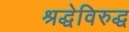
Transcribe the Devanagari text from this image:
श्रद्धेविरुद्ध